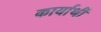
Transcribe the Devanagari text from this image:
कार्यार्थी